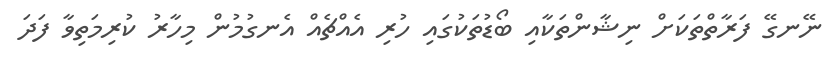
ނޭނގޭ ފަރާތްތަކަށް ނިޝާންތަކާއި ބޯޑުތަކުގައި ހުރި އެއްޗެއް އެނގުމުން މިހާރު ކުރިމަތިވާ ފަދަ